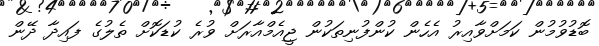
ބޮޑުވުމުން ކަމަށްވާއިރު އެހެން ކުންފުނިތަކުން ޖީއެމްއާރަށް ވުރެ ކުޑަކޮށް ތެލުގެ ފައިދާ ދޭން